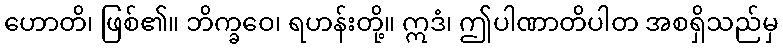
ဟောတိ၊ ဖြစ်၏။ ဘိက္ခဝေ၊ ရဟန်းတို့။ ဣဒံ၊ ဤပါဏာတိပါတ အစရှိသည်မှ